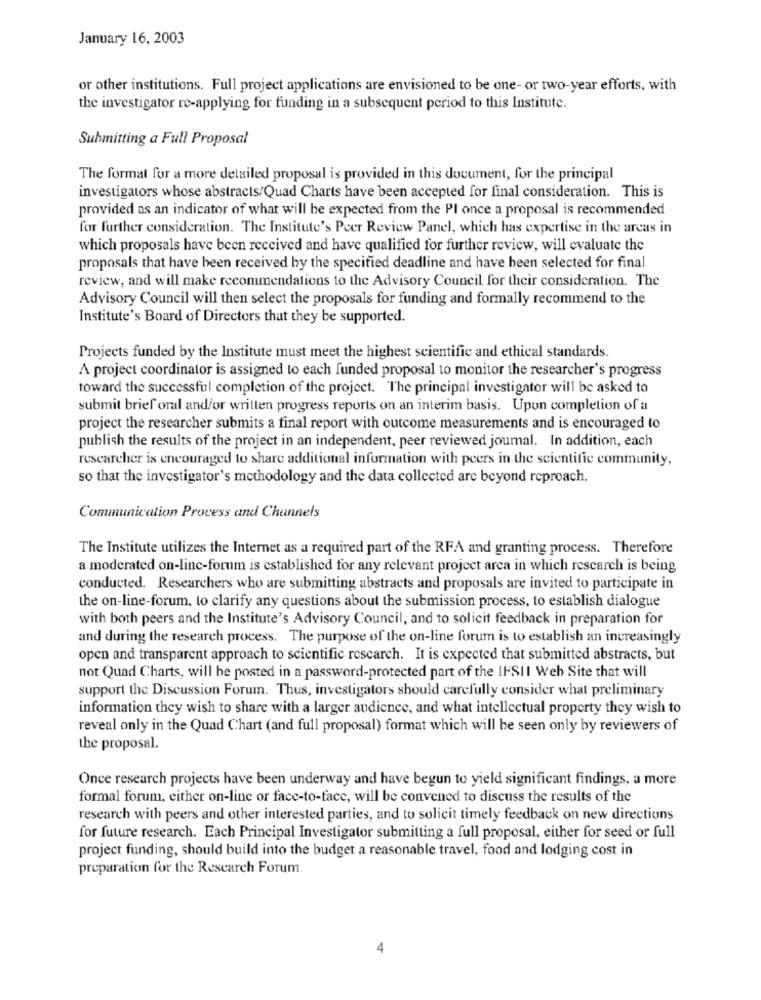
January 16, 2003
or other institutions. Full project applications are envisioned to be one- or two-year efforts, with
the investigator re-applying for funding in a subsequent period to this Institute.
Submitting a Full Proposal
The format for a more detailed proposal is provided in this document, for the principal
investigators whose abstracts/Quad Charts have been accepted for final consideration. This is
provided as an indicator of what will be expected from the Pl once a proposal is recommended
for further consideration. The Institute's Peer Review Panel, which has expertise in the arcas in
which proposals have been received and have qualified for further review, will evaluate the
proposals that have been received by the specified deadline and have been selected for final
review, and will make recommendations to the Advisory Council for their consideration. The
Advisory Council will then select the proposals for funding and formally recommend to the
Institute's Board of Directors that they be supported.
Projects funded by the Institute must meet the highest scientific and ethical standards.
A project coordinator is assigned to each funded proposal to monitor the researcher's progress
toward the successful completion of the project. The principal investigator will be asked to
submit brief oral and/or written progress reports on an interim basis. Upon completion of a
project the researcher submits a final report with outcome measurements and is encouraged to
publish the results of the project in an independent, peer reviewed journal. In addition, each
researcher is encouraged to share additional information with peers in the scientific community,
so that the investigator's methodology and the data collected are beyond reproach.
Communication Process and Channels
The Institute utilizes the Internet as a required part of the RFA and granting process. Therefore
a moderated on-line-forum is established for any relevant project arca in which research is being
conducted. Researchers who are submitting abstracts and proposals are invited to participate in
the on-line-forum, to clarify any questions about the submission process, to establish dialogue
with both peers and the Institute's Advisory Council, and to solicit feedback in preparation for
and during the research process. The purpose of the on-line forum is to establish an increasingly
open and transparent approach to scientific research. It is expected that submitted abstracts, but
not Quad Charts, will be posted in a password-protected part of the IFSII Web Site that will
support the Discussion Forum. Thus, investigators should carefully consider what preliminary
information they wish to share with a larger audience, and what intellectual property they wish to
reveal only in the Quad Chart (and full proposal) format which will be seen only by reviewers of
the proposal.
Once research projects have been underway and have begun to yield significant findings, a more
formal forum, either on-line or face-to-face, will be convened to discuss the results of the
research with peers and other interested parties, and to solicit timely feedback on new directions
for future research. Each Principal Investigator submitting a full proposal, either for seed or full
project funding, should build into the budget a reasonable travel, food and lodging cost in
preparation for the Research Forum.
4